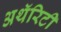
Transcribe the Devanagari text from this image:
अथॅरिटी